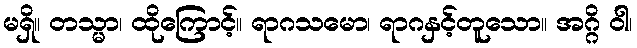
မရှိ။ တသ္မာ၊ ထိုကြောင့်။ ရာဂသမော၊ ရာဂနှင့်တူသော။ အဂ္ဂိ ဝါ၊